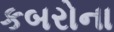
કબરોના